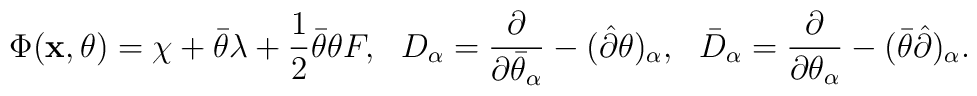
\Phi({\bf x},\theta)=\chi+\bar\theta\lambda+\frac12\bar\theta\theta F,~~D_\alpha=\frac{\partial}{\partial\bar\theta_\alpha}-(\hat\partial\theta)_\alpha,~~\bar D_\alpha=\frac{\partial}{\partial\theta_\alpha}-(\bar\theta\hat\partial)_\alpha.